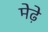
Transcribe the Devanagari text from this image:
मेढे़